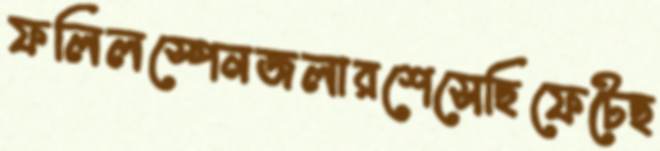
ফলিলস্পেনজলারশেসেছিফেটেছ